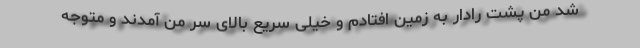
شد من پشت رادار به زمین افتادم و خیلی سریع بالای سر من آمدند و متوجه